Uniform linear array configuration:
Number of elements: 24
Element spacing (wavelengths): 0.25
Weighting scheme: hamming
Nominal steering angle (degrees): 45
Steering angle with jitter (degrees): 43.239
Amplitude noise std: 0.05
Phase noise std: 0.05

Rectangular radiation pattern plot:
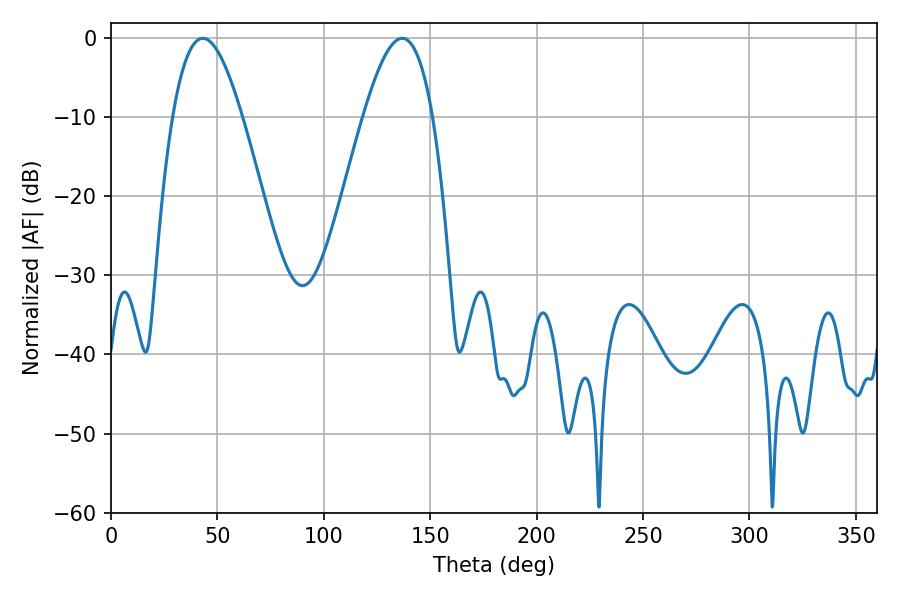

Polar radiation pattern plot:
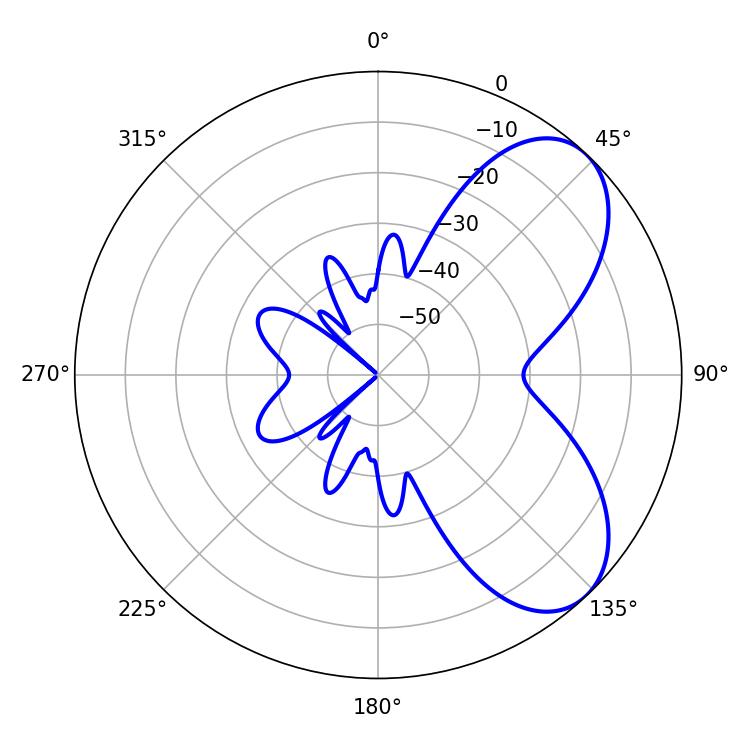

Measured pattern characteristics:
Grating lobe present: FALSE
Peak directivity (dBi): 6.324
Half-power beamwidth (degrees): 17.82
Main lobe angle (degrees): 43.2